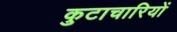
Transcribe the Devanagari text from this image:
कुटाचारियों